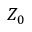
Z _ { 0 }